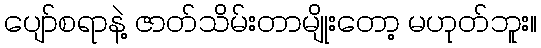
ပျော်စရာနဲ့ ဇာတ်သိမ်းတာမျိုးတော့ မဟုတ်ဘူး။